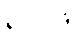
ရလာဒ်